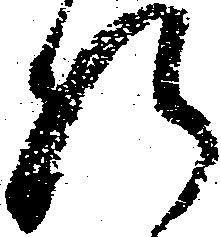
肝